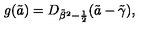
g ( \tilde { a } ) = D _ { { \tilde { \beta } } ^ { 2 } - { \frac { 1 } { 2 } } } ( \tilde { a } - \tilde { \gamma } ) ,